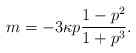
\begin{align*} m=-3\kappa p\frac{1-p^2}{1+p^3}.\end{align*}